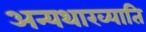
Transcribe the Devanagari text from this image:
अन्यथाख्याति